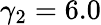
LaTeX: \gamma_{2}=6.0